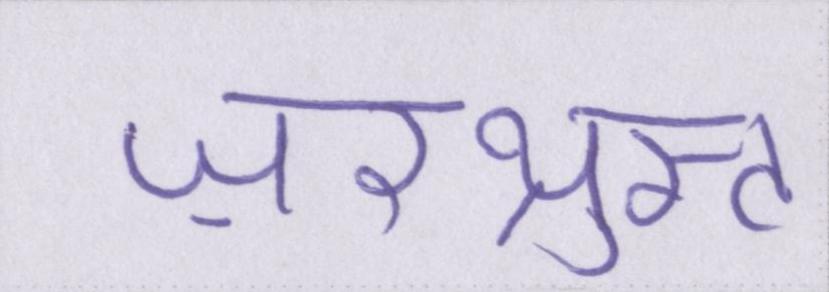
ज़रथ्रुस्त